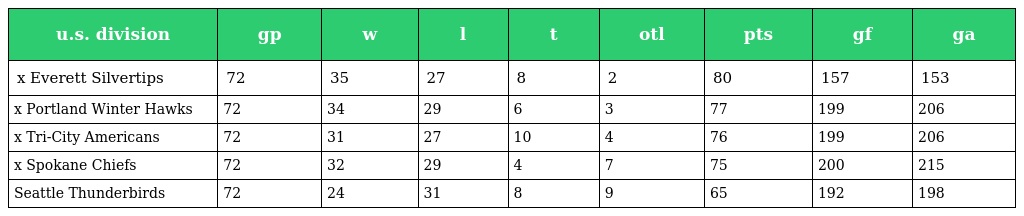
| u.s. division | gp | w | l | t | otl | pts | gf | ga |
 | --- | --- | --- | --- | --- | --- | --- | --- | --- |
 | x Everett Silvertips | 72 | 35 | 27 | 8 | 2 | 80 | 157 | 153 |
 | x Portland Winter Hawks | 72 | 34 | 29 | 6 | 3 | 77 | 199 | 206 |
 | x Tri-City Americans | 72 | 31 | 27 | 10 | 4 | 76 | 199 | 206 |
 | x Spokane Chiefs | 72 | 32 | 29 | 4 | 7 | 75 | 200 | 215 |
 | Seattle Thunderbirds | 72 | 24 | 31 | 8 | 9 | 65 | 192 | 198 |